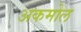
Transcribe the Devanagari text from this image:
अकमोल